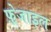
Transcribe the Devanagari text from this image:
फ़्रेजाइल